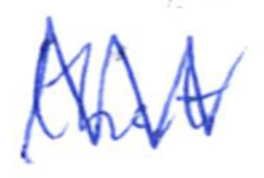
Text: that
Cross-out: zig-zag
Writing tool: ballpoint